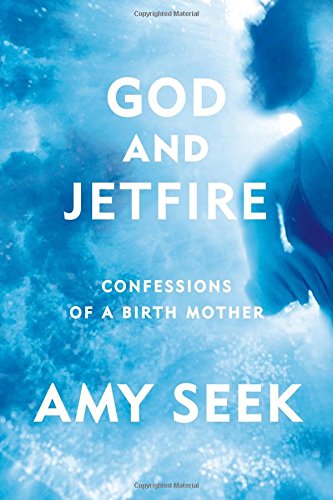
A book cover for God and Jetfire: Confessions of a Birth Mother; Amy Seek; Parenting & Relationships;